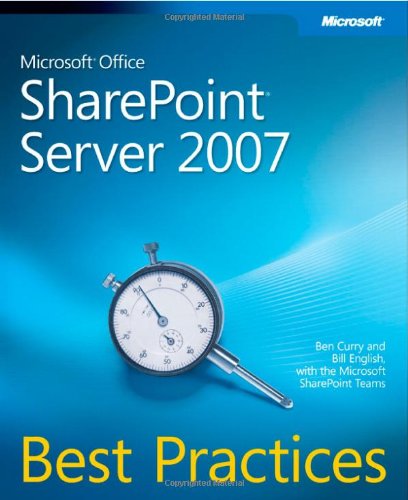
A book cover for Microsoft Office SharePoint Server 2007 Best Practices; Ben Curry; Computers & Technology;